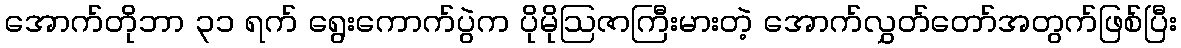
အောက်တိုဘာ ၃၁ ရက် ရွေးကောက်ပွဲက ပိုမိုဩဇာကြီးမားတဲ့ အောက်လွှတ်တော်အတွက်ဖြစ်ပြီး